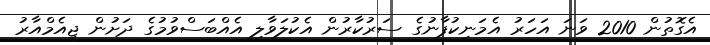
އެގޮތުން 2010 ވަނަ އަހަރު އެމަނިކުފާނުގެ ސަރުކާރުން އެކުލަވާލި އެއްބަސްވުމުގެ ދަށުން ޖީއެމްއާރު